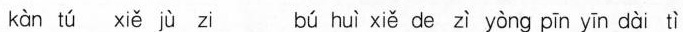
kàn tú xiě jù zi bú huì xiě de zì yòng pīn yīn dài tì